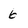
Character: 6